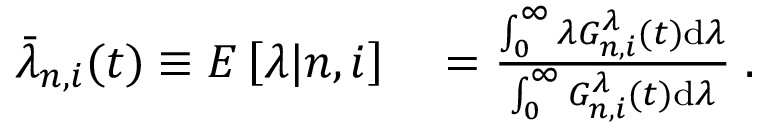
\begin{array} { r l } { \bar { \lambda } _ { n , i } ( t ) \equiv E \left[ \lambda | n , i \right] } & { { } = \frac { \int _ { 0 } ^ { \infty } \lambda G _ { n , i } ^ { \lambda } ( t ) \mathrm { d } \lambda } { \int _ { 0 } ^ { \infty } G _ { n , i } ^ { \lambda } ( t ) \mathrm { d } \lambda } \; . } \end{array}